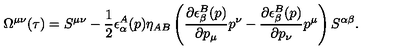
\Omega ^ { \mu \nu } ( \tau ) = S ^ { \mu \nu } - \frac { 1 } { 2 } \epsilon _ { \alpha } ^ { A } ( p ) \eta _ { A B } \left( \frac { \partial \epsilon _ { \beta } ^ { B } ( p ) } { \partial p _ { \mu } } p ^ { \nu } - \frac { \partial \epsilon _ { \beta } ^ { B } ( p ) } { \partial p _ { \nu } } p ^ { \mu } \right) S ^ { \alpha \beta } .